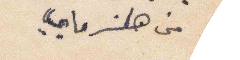
من هالسرمايي